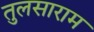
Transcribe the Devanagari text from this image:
तुलसाराम